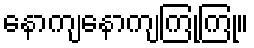
နောကျနောကျကြုကြု။